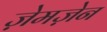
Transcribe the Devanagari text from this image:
ज़ेमज़ेन